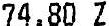
74.80 Z